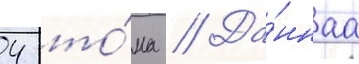
4 то́ма // Да́ннаа